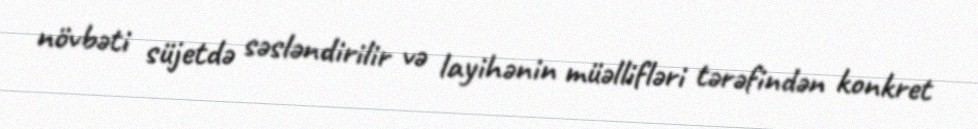
növbəti süjetdə səsləndirilir və layihənin müəllifləri tərəfindən konkret